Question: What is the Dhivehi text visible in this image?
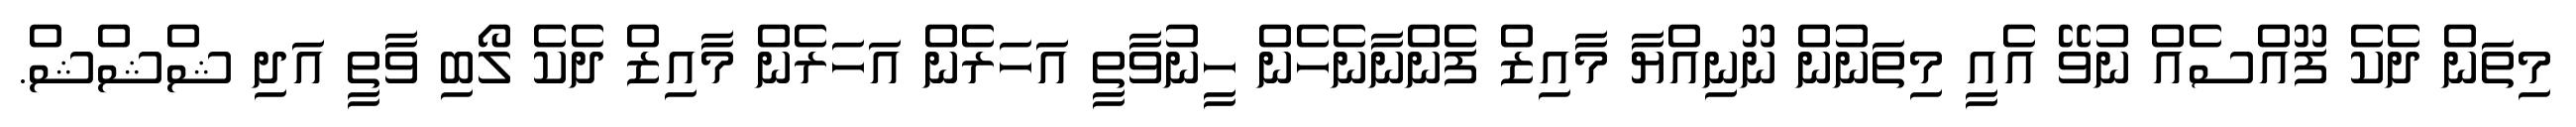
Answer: މިތަން ދެކެ ފޫއްސެއް ނުވޭ އެއީ މިތަނުން ނޫނިއްޔާ މާއިޒް ފެންނާނެހެން ހީނުވާތީ އަހަރެން އަހަރެން މާއިޒް ދެކެ ލޯބި ވާތީ އަދި ޝްޝްޝް.